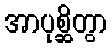
အာပုစ္ဆိတွာ